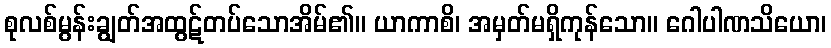
စုလစ်မွန်းချွတ်အထွဋ်တပ်သောအိမ်၏။ ယာကာစိ၊ အမှတ်မရှိကုန်သော။ ဂေါပါဏသိယော၊